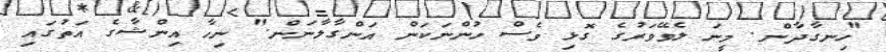
"ހިނގާދާން. މީނަ ލެވޭވަރުގެ ގޮޅި ވެސް ހުންނަކަން އަންގާލާނަން." ނިހާ އިންޝާގެ އަތުގައި